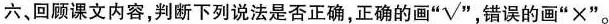
六、回顾课文内容，判断下列说法是否正确，正确的画 ”√ ”，错误的画”×”。